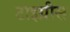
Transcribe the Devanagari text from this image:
टाइग्रीस